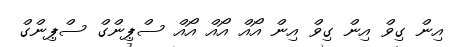
އިން ގިވް އިން ގިވް އިން އޯއް އޯއް އޯއް ސްޕިންގް ސްޕިންގް